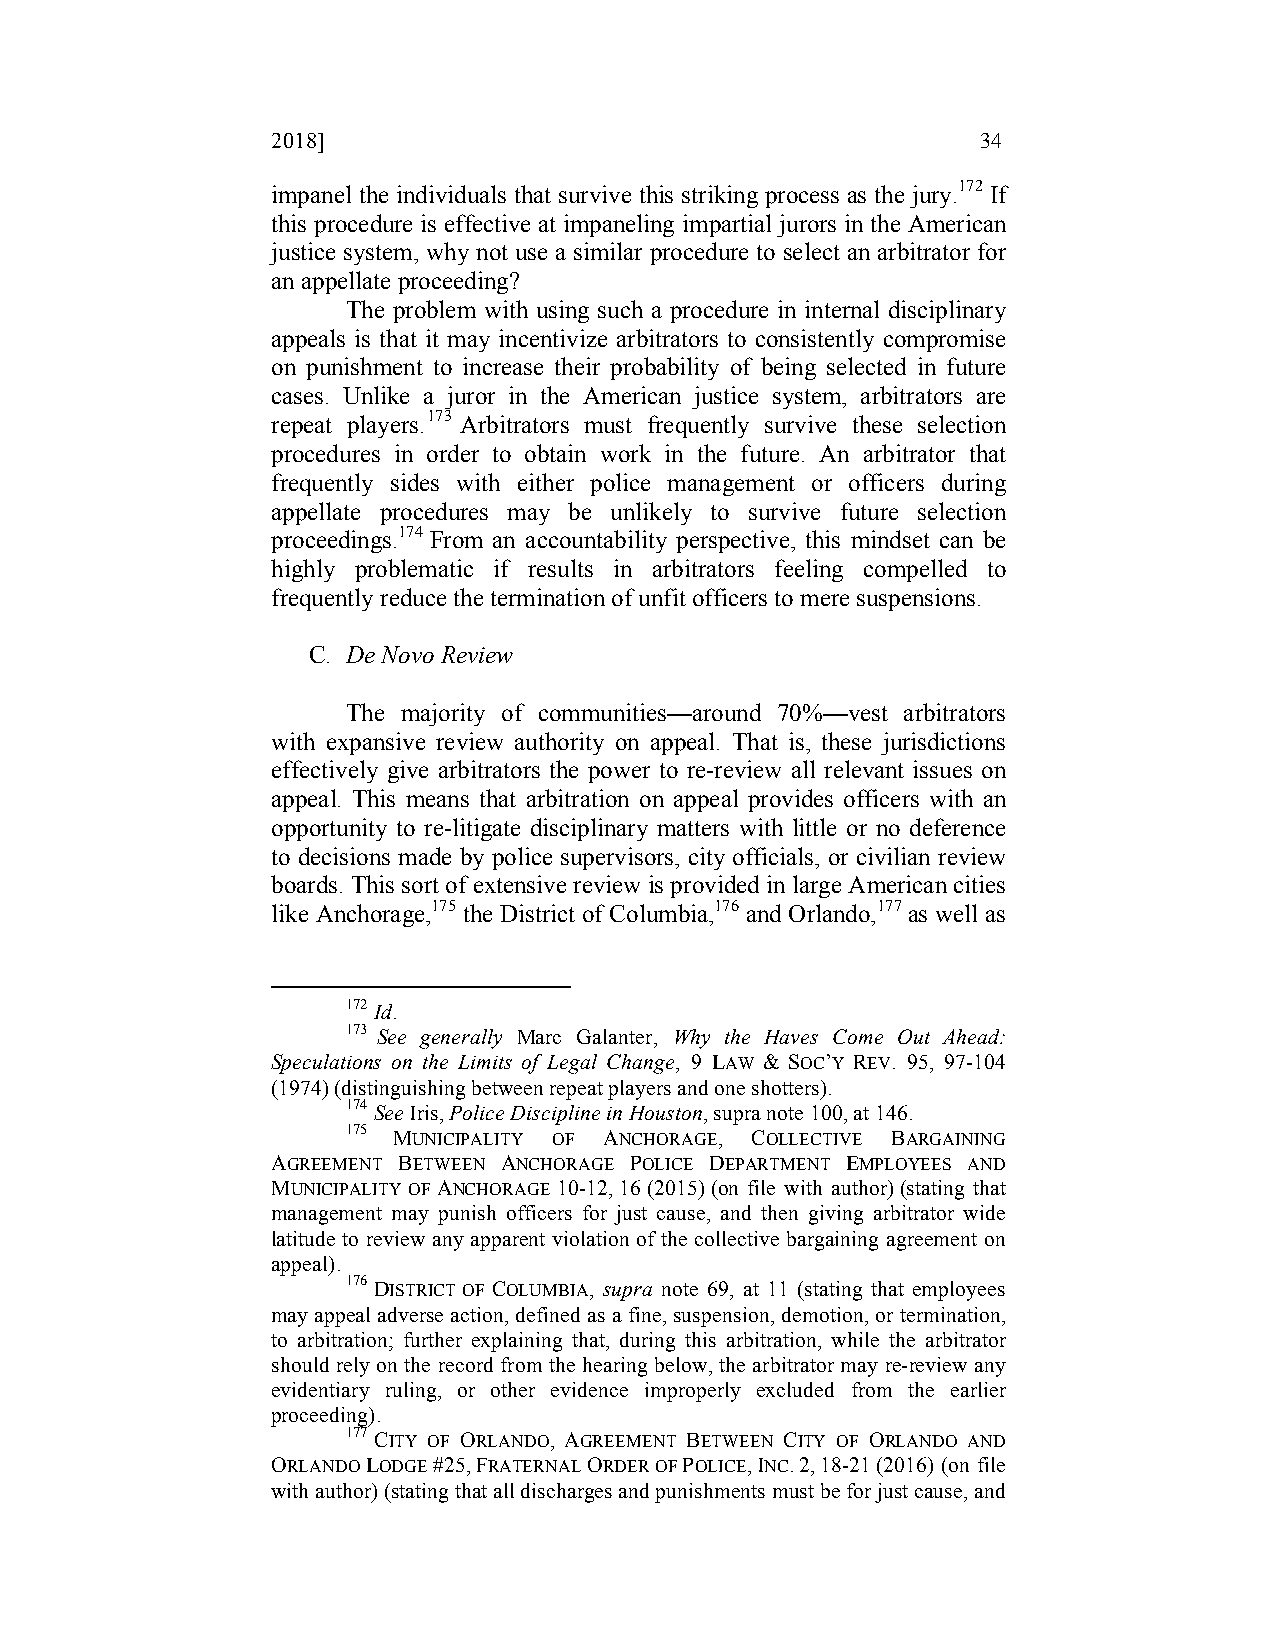
2018]                                          34
 impanel the individuals that survive this striking process as the jury.172 If
 this procedure is effective at impaneling impartial jurors in the American
 justice system, why not use a similar procedure to select an arbitrator for
 an appellate proceeding?
 The problem with using such a procedure in internal disciplinary
 appeals is that it may incentivize arbitrators to consistently compromise
 on punishment to increase their probability of being selected in future
 cases. Unlike a juror in the American justice system, arbitrators are
 repeat players.173 Arbitrators must frequently survive these selection
 procedures in order to obtain work in the future. An arbitrator that
 frequently sides with either police management or officers during
 appellate procedures may be unlikely to survive future selection
 proceedings.174 From an accountability perspective, this mindset can be
 highly problematic if results in arbitrators feeling compelled to
 frequently reduce the termination of unfit officers to mere suspensions.
 C. De Novo Review
 The majority of communities—around 70%—vest arbitrators
 with expansive review authority on appeal. That is, these jurisdictions
 effectively give arbitrators the power to re-review all relevant issues on
 appeal. This means that arbitration on appeal provides officers with an
 opportunity to re-litigate disciplinary matters with little or no deference
 to decisions made by police supervisors, city officials, or civilian review
 boards. This sort of extensive review is provided in large American cities
 like Anchorage,175 the District of Columbia,176 and Orlando,177 as well as
 172 Id.
 173 See generally Marc Galanter, Why the Haves Come Out Ahead:
 Speculations on the Limits of Legal Change, 9 LAW & SOC’Y REV. 95, 97-104
 (1974) (distinguishing between repeat players and one shotters).
 174 See Iris, Police Discipline in Houston, supra note 100, at 146.
 175 MUNICIPALITY OF ANCHORAGE, COLLECTIVE BARGAINING
 AGREEMENT BETWEEN ANCHORAGE POLICE DEPARTMENT EMPLOYEES AND
 MUNICIPALITY OF ANCHORAGE 10-12, 16 (2015) (on file with author) (stating that
 management may punish officers for just cause, and then giving arbitrator wide
 latitude to review any apparent violation of the collective bargaining agreement on
 appeal).
 176 DISTRICT OF COLUMBIA, supra note 69, at 11 (stating that employees
 may appeal adverse action, defined as a fine, suspension, demotion, or termination,
 to arbitration; further explaining that, during this arbitration, while the arbitrator
 should rely on the record from the hearing below, the arbitrator may re-review any
 evidentiary ruling, or other evidence improperly excluded from the earlier
 proceeding).
 177 CITY OF ORLANDO, AGREEMENT BETWEEN CITY OF ORLANDO AND
 ORLANDO LODGE #25, FRATERNAL ORDER OF POLICE, INC. 2, 18-21 (2016) (on file
 with author) (stating that all discharges and punishments must be for just cause, and